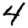
Digit: 4